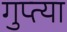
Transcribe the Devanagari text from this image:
गुप्त्या